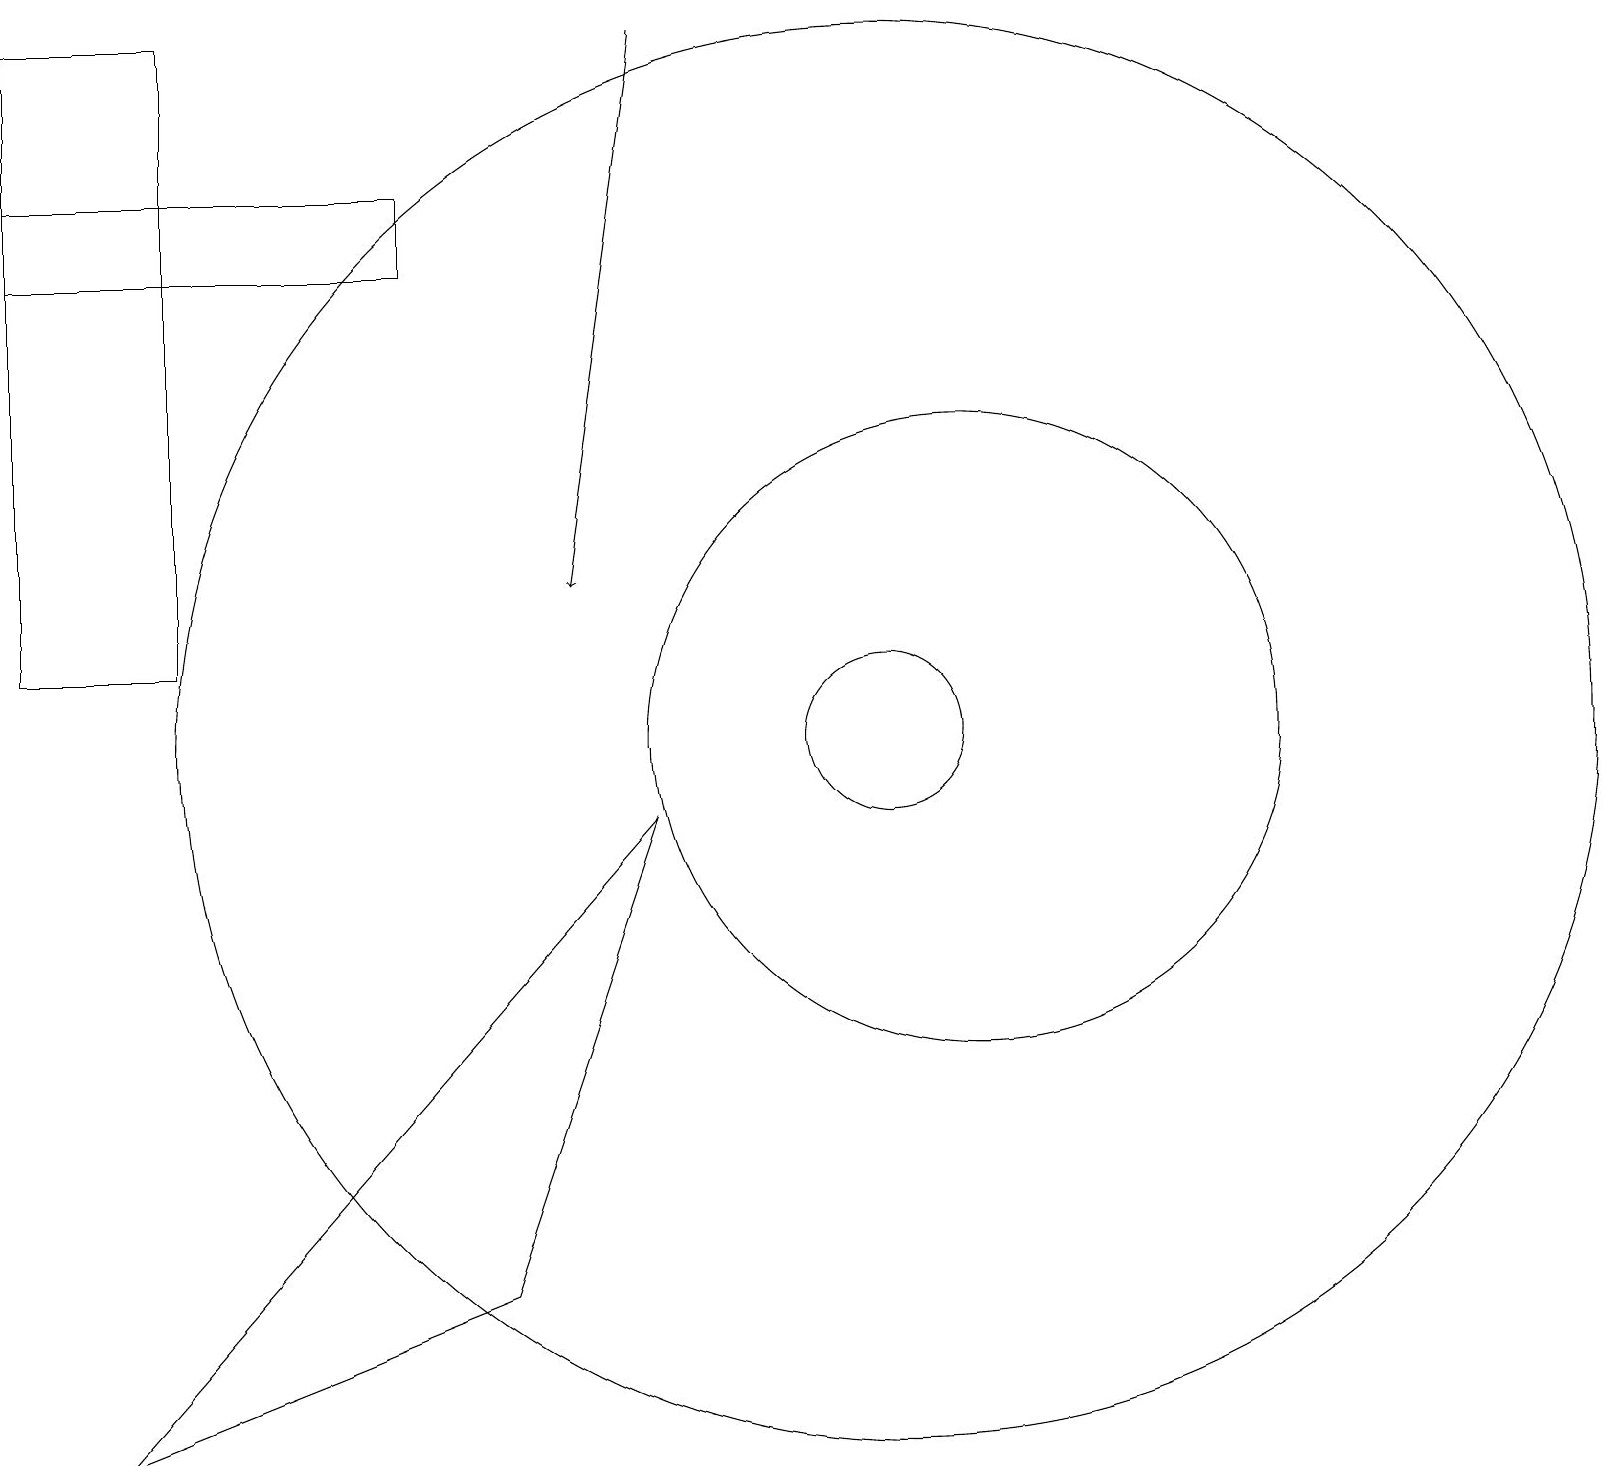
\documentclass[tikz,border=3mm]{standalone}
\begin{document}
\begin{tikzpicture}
\draw (11,10) circle (9);
\draw (6,3) -- (8,9) -- (1,1) -- cycle;
\draw (0,16) rectangle (5,17);
\draw[->] (8,19) -- (7,12);
\draw (11,10) circle (1);
\draw (12,10) circle (4);
\draw (2,19) rectangle (0,11);
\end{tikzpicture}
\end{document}